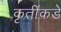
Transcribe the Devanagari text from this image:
कृतींकडे